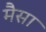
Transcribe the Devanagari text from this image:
मैसा